Leaving Certificate Examination (including Day School Certificate (Higher) General paper), 1929
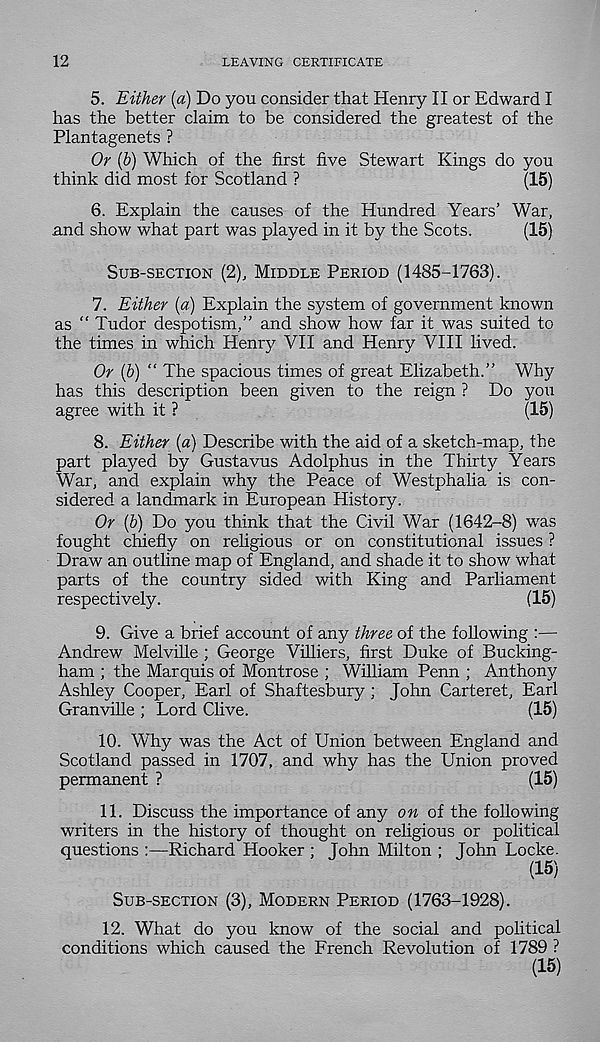
12
LEAVING CERTIFICATE
5. Either (a) Do you consider that Henry II or Edward I
has the better claim to be considered the greatest of the
Plantagenets ?
Or (b) Which of the first five Stewart Kings do you
think did most for Scotland ?
(15)
6. Explain the causes of the Hundred Years’ War,
and show what part was played in it by the Scots.
(15)
SUB-SECTION (2), MIDDLE PERIOD (1485-1763).
7. Either [a) Explain the system of government known
as “ Tudor despotism,” and show how far it was suited to
the times in which Henry VII and Henry VIII lived.
Or (b) “ The spacious times of great Elizabeth.” Why
has this description been given to the reign ? Do you
agree with it ?
(15)
8. Either (a) Describe with the aid of a sketch-map, the
part played by Gustavus Adolphus in the Thirty Years
War, and explain why the Peace of Westphalia is con-
sidered a landmark in European History.
Or (b) Do you think that the Civil War (1642-8) was
fought chiefly on religious or on constitutional issues ?
Draw an outline map of England, and shade it to show what
parts of the country sided with King and Parliament
respectively.
(15)
9. Give a brief account of any three of the following :—
Andrew Melville ; George Villiers, first Duke of Bucking-
ham ; the Marquis of Montrose ; William Penn ; Anthony
Ashley Cooper, Earl of Shaftesbury ; John Carteret, Earl
Granville ; Lord Clive.
(15)
10. Why was the Act of Union between England and
Scotland passed in 1707, and why has the Union proved
permanent ?
(15)
11. Discuss the importance of any on of the following
writers in the history of thought on religious or political
questions :—Richard Hooker ; John Milton ; John Locke.
(15)
SUB-SECTION (3), MODERN PERIOD (1763-1928).
12. What do you know of the social and political
conditions which caused the French Revolution of 1789 ?
(15)